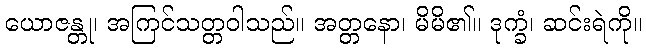
ယောဇန္တု၊ အကြင်သတ္တဝါသည်။ အတ္တနော၊ မိမိ၏။ ဒုက္ခံ၊ ဆင်းရဲကို။